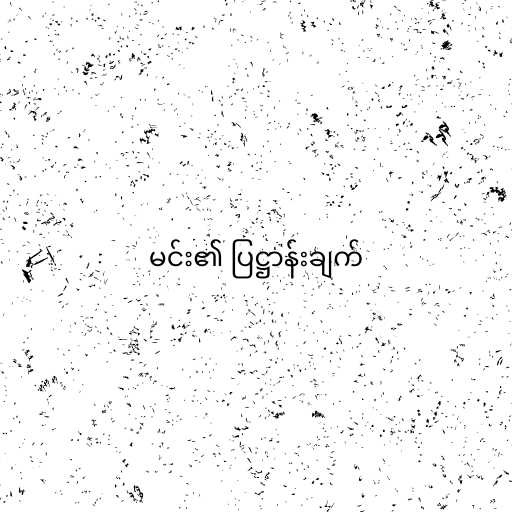
မင်း၏ ပြဋ္ဌာန်းချက်